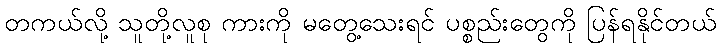
တကယ်လို့ သူတို့လူစု ကားကို မတွေ့သေးရင် ပစ္စည်းတွေကို ပြန်ရနိုင်တယ်